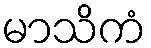
မာသိကံ